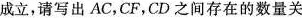
成立，请写出AC，CF，CD之间存在的数量关